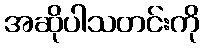
အဆိုပါသတင်းကို